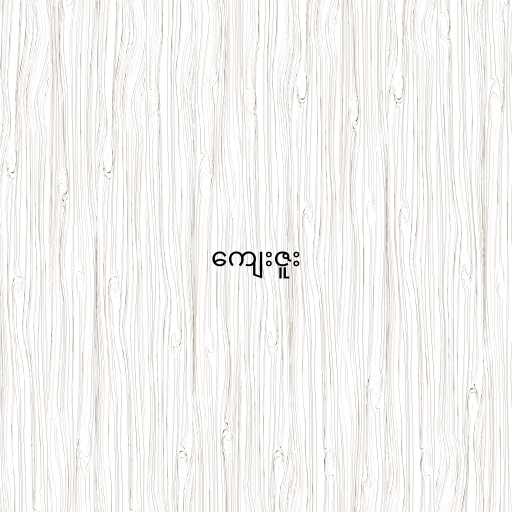
ကျေးဇူး